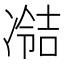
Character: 𫥘